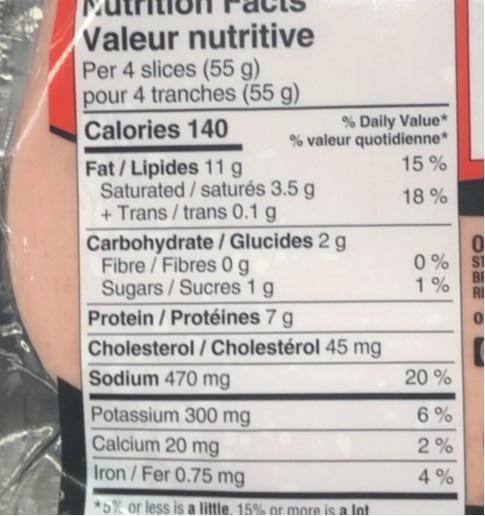
Valeur nutritive Per 4 slices (55 g) pour 4 tranches (55 g) Calories 140
% Daily Value* % valeur quotidienne* 15 %
Fat/Lipides 11 g Saturated / saturés 3.5 g + Trans / trans 0.1 g
18 %
Carbohydrate / Glucides 2 g Fibre/Fibres 0g Sugars/Sucres 1 g Protein / Protéines 7 g Cholesterol / Cholestérol 45 mg
0% ST BI 1% RI
Sodium 470 mg
20 %
Potassium 300 mg
6 %
Calcium 20 mg
2%
Iron /Fer 0.75 mg
4%
*5% or less is a little. 15% or more is a Int
2500